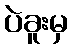
ပဲခူးမှ